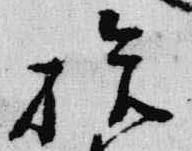
拾